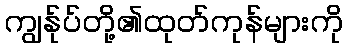
ကျွန်ုပ်တို့၏ထုတ်ကုန်များကို